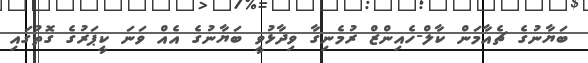
ބަޔާނުގެ ޗެއާމަން ކާލް-ހެއިންޒް ރުމެނިގާ ވިދާޅުވީ ބަޔާނުގެ އެއް ވަނަ ކީޕަރުގެ ގޮތުގައި